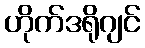
ဟိုက်ဒရိုဂျင်